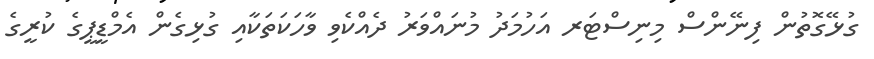
ގުޅޭގޮތުން ފިނޭންސް މިނިސްޓަރ އަހުމަދު މުނައްވަރު ދެއްކެވި ވާހަކަތަކާއި ގުޅިގެން އެމްޑީޕީގެ ކުރީގެ